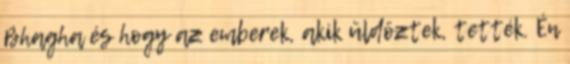
Bhagha és hogy az emberek, akik üldöztek, tették. Én